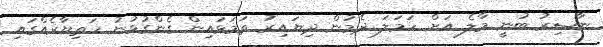
ނާސިރު ބުނީ މާލެ އަށް ހަމަލަ ދެމުން ދިޔައިރު ތަމަޅައިން ގެންގުޅުނު ހަތިޔާރެއްގައި